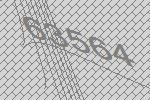
63564